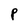
Character: P